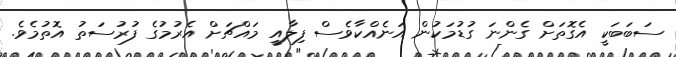
ސަބަބަކީ އެގޮތަށް ގެންނަ ގުޑުމަކުން އަނެއްކާވެސް ފިލާއީ މައްޗަށް އެރުމުގެ ފުރުސަތު އޮތުމެވެ.